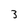
Character: 3